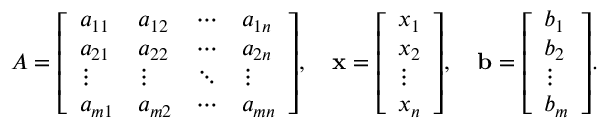
A = { \left[ \begin{array} { l l l l } { a _ { 1 1 } } & { a _ { 1 2 } } & { \cdots } & { a _ { 1 n } } \\ { a _ { 2 1 } } & { a _ { 2 2 } } & { \cdots } & { a _ { 2 n } } \\ { \vdots } & { \vdots } & { \ddots } & { \vdots } \\ { a _ { m 1 } } & { a _ { m 2 } } & { \cdots } & { a _ { m n } } \end{array} \right] } , \quad \mathbf { x } = { \left[ \begin{array} { l } { x _ { 1 } } \\ { x _ { 2 } } \\ { \vdots } \\ { x _ { n } } \end{array} \right] } , \quad \mathbf { b } = { \left[ \begin{array} { l } { b _ { 1 } } \\ { b _ { 2 } } \\ { \vdots } \\ { b _ { m } } \end{array} \right] } .